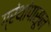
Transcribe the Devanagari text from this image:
ग्रंथांपासून